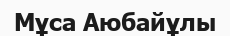
Мұса Аюбайұлы